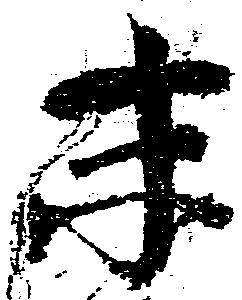
末